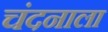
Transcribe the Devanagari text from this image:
चंदनाला